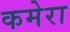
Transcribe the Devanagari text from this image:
कमेरा